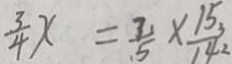
\frac { 3 } { 4 } x = \frac { 7 } { 5 } \times \frac { 1 5 _ { 3 } } { 1 4 ^ { 2 } }